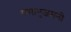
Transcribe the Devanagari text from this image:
रामानुजमनी